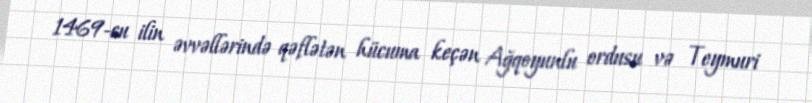
1469-cu ilin əvvəllərində qəflətən hücuma keçən Ağqoyunlu ordusu və Teymuri